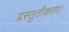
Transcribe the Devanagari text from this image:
प्रस्तुतीकरण।